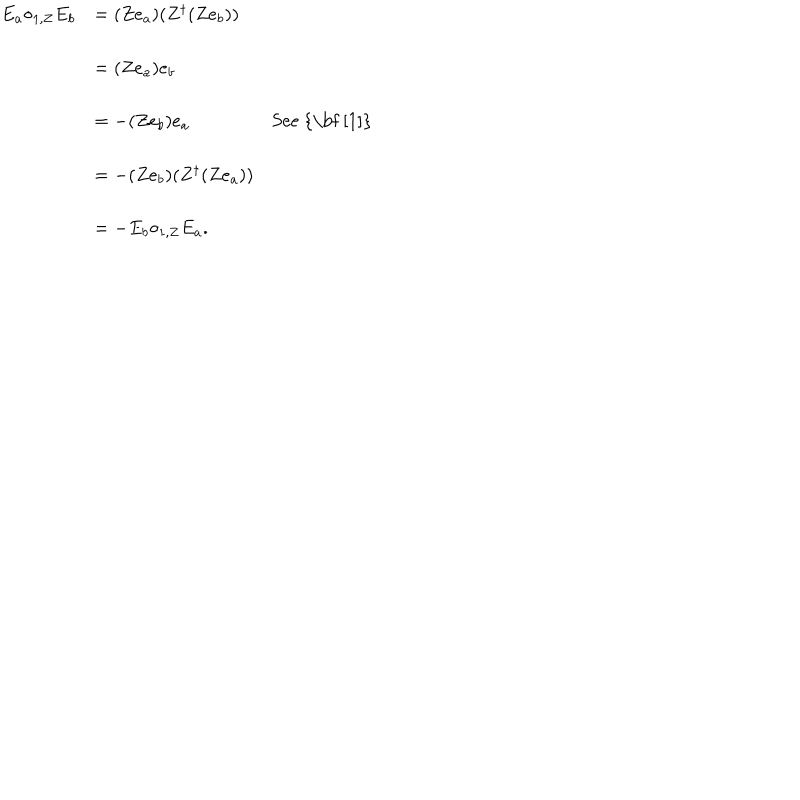
LaTeX: \begin{array} { c l l } { { E _ { a } { \circ _ { 1 , Z } } E _ { b } } } & { { = ( Z e _ { a } ) ( Z ^ { \dagger } ( Z e _ { b } ) ) } } & { { } } \\ { { } } & { { = ( Z e _ { a } ) e _ { b } } } & { { } } \\ { { } } & { { = - ( Z e _ { b } ) e _ { a } } } & { { \mathrm { S e e ~ { \bf ~ [ 1 ] } } } } \\ { { } } & { { = - ( Z e _ { b } ) ( Z ^ { \dagger } ( Z e _ { a } ) ) } } & { { } } \\ { { } } & { { = - E _ { b } { \circ _ { 1 , Z } } E _ { a } . } } & { { } } \\ \end{array}